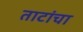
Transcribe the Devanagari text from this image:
ताटांचा